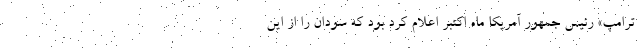
ترامپ» رئیس جمهور آمریکا ماه اکتبر اعلام کرد بود که سودان را از این